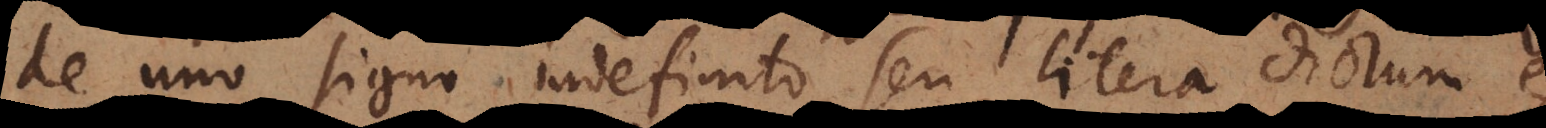
de uno signo indefinito seu litera dictum est